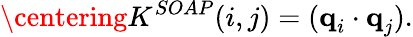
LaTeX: \centering K^{SOAP}(i,j)=(\textbf{q}_{i}\cdot\textbf{q}_{j}).